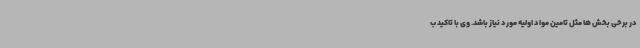
در برخی بخش ها مثل تامین مواد اولیه مورد نیاز باشد. وی با تاکید ب